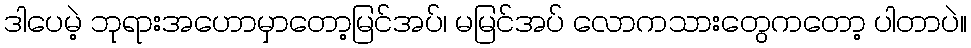
ဒါပေမဲ့ ဘုရားအဟောမှာတော့မြင်အပ်၊ မမြင်အပ် လောကသားတွေကတော့ ပါတာပဲ။